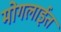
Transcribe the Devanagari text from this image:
मोगलाईत